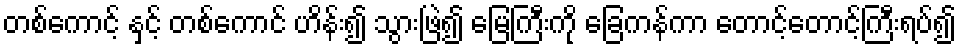
တစ်ကောင့် နှင့် တစ်ကောင် ဟိန်း၍ သွားဖြဲ၍ မြေကြီးကို ခြေကန်ကာ တောင့်တောင့်ကြီးရပ်၍